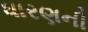
ધારણની